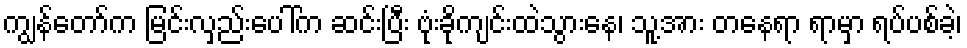
ကျွန်တော်က မြင်းလှည်းပေါ်က ဆင်းပြီး ဗုံးခိုကျင်းထဲသွားနေ၊ သူ့အား တနေရာ ရာမှာ ရပ်ပစ်ခဲ့၊